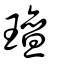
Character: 璮